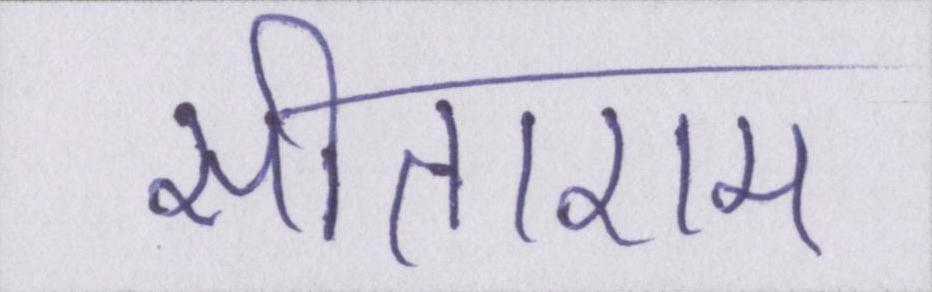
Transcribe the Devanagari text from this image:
सीताराम